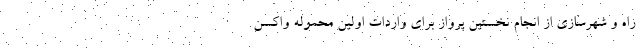
راه و شهرسازی از انجام نخستین پرواز برای واردات اولین محموله واکسن